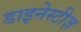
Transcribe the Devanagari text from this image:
डाइनेस्टीज़